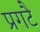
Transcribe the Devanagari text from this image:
प्रगटै